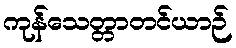
ကုန်သေတ္တာတင်ယာဉ်